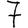
Digit: 7